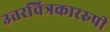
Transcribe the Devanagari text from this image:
उत्तरचित्रकाररुपी